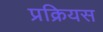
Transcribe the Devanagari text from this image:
प्रक्रियस